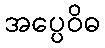
အပ္ပေဝိဓ